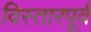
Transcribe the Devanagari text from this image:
विस्तारपूर्व